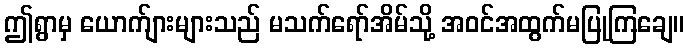
ဤရွာမှ ယောက်ျားများသည် မသက်ရော်အိမ်သို့ အဝင်အထွက်မပြုကြချေ။